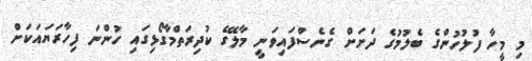
މި މީހާ ފުލުހުންގެ ބެލުމުގެ ދަށަށް ގެނެސްފައިވަނީ މާލޭގެ ކުދިރަތްމާގޯޅިގައި ހުންނަ ފިހާރަޔައަކަށް